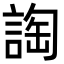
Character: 䛬